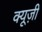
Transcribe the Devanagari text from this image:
क्यूज़ी